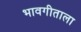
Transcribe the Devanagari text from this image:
भावगीताला